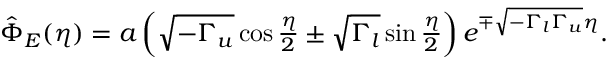
\begin{array} { r } { \hat { \Phi } _ { E } ( \eta ) = a \left( \sqrt { - \Gamma _ { u } } \cos \frac { \eta } { 2 } \pm \sqrt { \Gamma _ { l } } \sin \frac { \eta } { 2 } \right) e ^ { \mp \sqrt { - \Gamma _ { l } \Gamma _ { u } } \eta } . } \end{array}